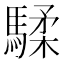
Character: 騥